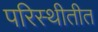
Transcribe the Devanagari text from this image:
परिस्थीतीत